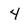
Character: 4